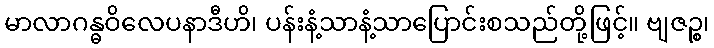
မာလာဂန္ဓဝိလေပနာဒီဟိ၊ ပန်းနံ့သာနံ့သာပြောင်းစသည်တို့ဖြင့်။ ဗျဇဉ္စ၊